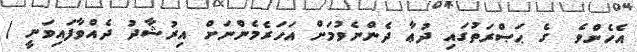
އެހެންވެ  ގެ ޙަޞްރަތުގައި ދުޢާ ދެންނެވުމަށް އަހަރެމެންނަށް އިރުޝާދު ދެއްވާފައިވަނީ (